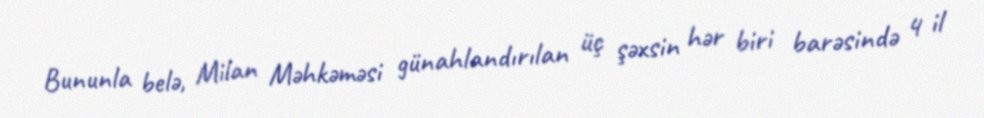
Bununla belə, Milan Məhkəməsi günahlandırılan üç şəxsin hər biri barəsində 4 il